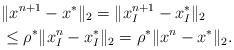
LaTeX: \begin{align*}&\|x^{n+1} - x^*\|_2 = \|x_I^{n+1} - x_I^*\|_2\\& \leq \rho^* \|x_I^{n} - x_I^*\|_2 = \rho^* \|x^{n} - x^*\|_2.\end{align*}